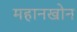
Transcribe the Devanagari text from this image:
महानखोन